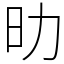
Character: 㫑